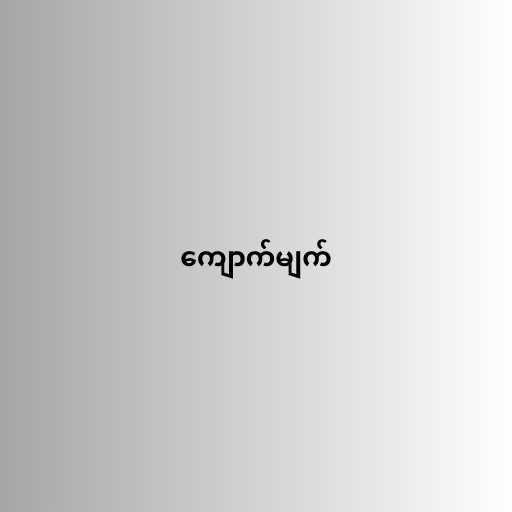
ကျောက်မျက်